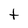
Character: t